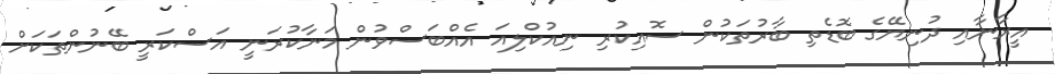
އީރާނާއި ދުނިޔޭގެ ބޮޑެތި ބާރުތަކުން ސޮއިކުރި ނިއުކްލިއަ އެއްބަސްވުން މަނާކުރަނީ އަސްކަރީ ބޭނުންތަކަށް